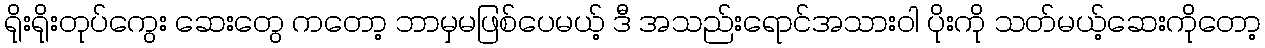
ရိုးရိုးတုပ်ကွေး ဆေးတွေ ကတော့ ဘာမှမဖြစ်ပေမယ့် ဒီ အသည်းရောင်အသားဝါ ပိုးကို သတ်မယ့်ဆေးကိုတော့